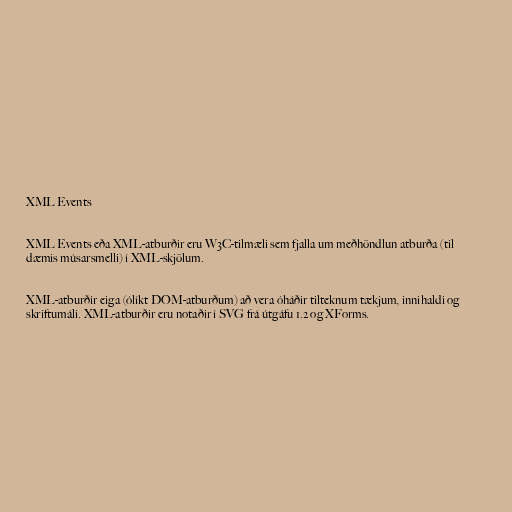
XML Events

XML Events eða XML-atburðir eru W3C-tilmæli sem fjalla um meðhöndlun atburða (til
dæmis músarsmelli) í XML-skjölum.

XML-atburðir eiga (ólíkt DOM-atburðum) að vera óháðir tilteknum tækjum, innihaldi og
skriftumáli. XML-atburðir eru notaðir í SVG frá útgáfu 1.2 og XForms.